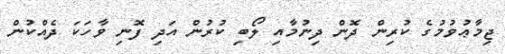
ޖިމާޢުވުމުގެ ކުރިން ދޮން ދިނުމާއި ލޯބި ކުރުން އަދި ފޮނި ވާހަކަ ދެއްކުން